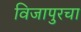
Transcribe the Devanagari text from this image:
विजापुरचा